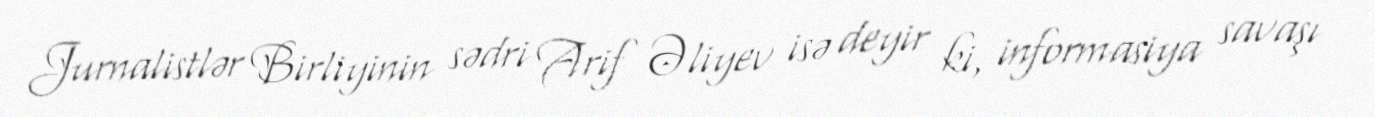
Jurnalistlər Birliyinin sədri Arif Əliyev isə deyir ki, informasiya savaşı